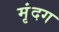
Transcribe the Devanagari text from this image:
मृंदग